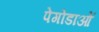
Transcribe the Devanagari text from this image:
पेगोडाओं